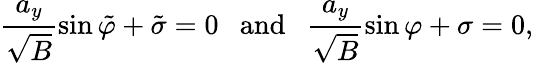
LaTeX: \frac{a_{y}}{\sqrt B}\sin\tilde{\varphi}+\tilde{\sigma}=0\mathrm{\ \ \ and\ \ \ }\frac{a_{y}}{\sqrt B}\sin\varphi+\sigma=0,